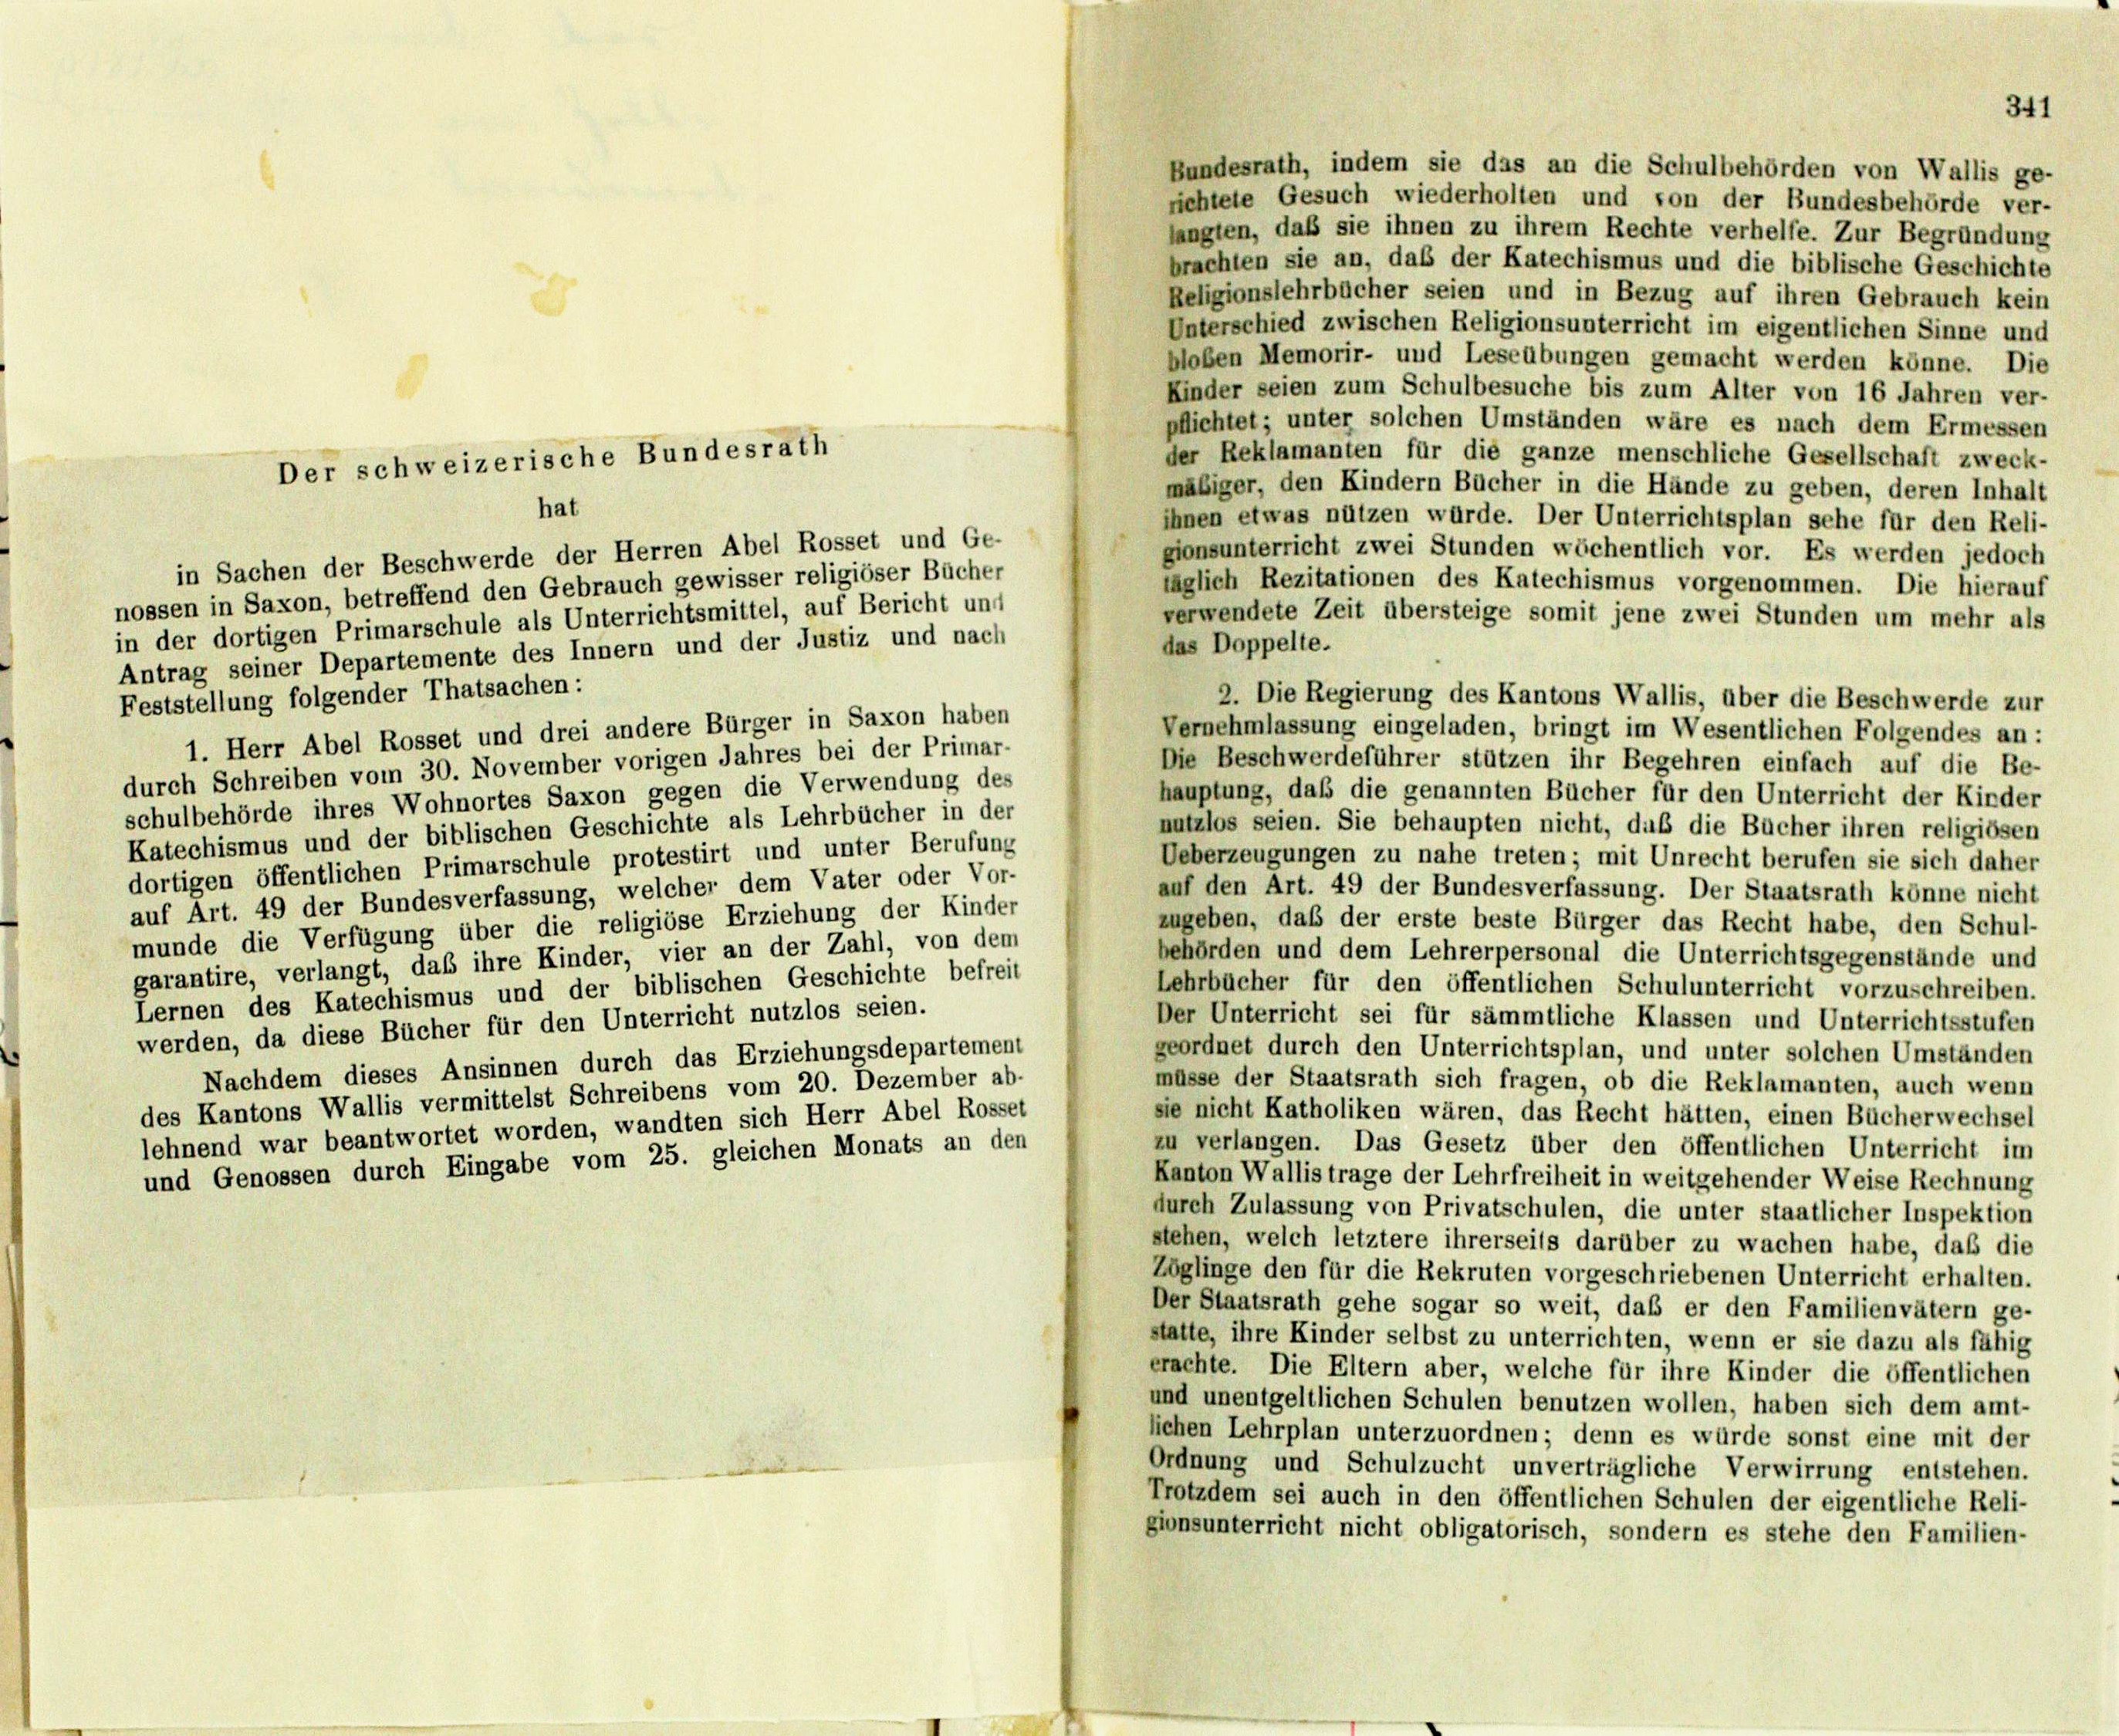
Bundesrath, indem sie das an die Schulbehörden von Wallis ge-
richtete Gesuch wiederholten und son der Bundesbehörde ver-
langten, daß sie ihnen zu ihrem Rechte verhelfe. Zur Begründung
brachten sie an, daß der Katechismus und die biblische Geschichte
Religionslehrbücher seien und in Bezug auf ihren Gebrauch kein
Unterschied zwischen Religionsunterricht im eigentlichen Sinne und
bloben Memorir- und Leseübungen gemacht werden könne. Die
Kinder seien zum Schulbesuche bis zum Alter von 16 Jahren ver-
pflichtet; unter solchen Umständen wäre es nach dem Ermessen
der Reklamanten für die ganze menschliche Gesellschaft zweck-
mäßiger, den Kindern Bücher in die Hände zu geben, deren Inhalt
ihnen etwas nützen würde. Der Unterrichtsplan sehe für den Reli-
gionsunterricht zwei Stunden wöchentlich vor. Es werden jedoch
in Sachen der Beschwerde der Herren Abel Rosset und Ge-
täglich Rezitationen des Katechismus vorgenommen. Die hierauf
nossen in Saxon, betreffend den Gebrauch gewisser religiöser Bücher
verwendete Zeit übersteige somit jene zwei Stunden um mehr als
in der dortigen Primarschule als Unterrichtsmittel, auf Bericht und
das Doppelte.
Antrag seiner Departemente des Innern und der Justiz und nach
Feststellung folgender Thatsachen:
2. Die Regierung des Kantons Wallis, über die Beschwerde zur
Vernehmlassung eingeladen, bringt im Wesentlichen Folgendes an:
1. Herr Abel Rosset und drei andere Bürger in Saxon haben
Die Beschwerdeführer stützen ihr Begehren einfach auf die Be-
durch Schreiben vom 30. November vorigen Jahres bei der Primar-
hauptung, daß die genannten Bücher für den Unterricht der Kinder
schulbehörde ihres Wohnortes Saxon gegen die Verwendung des
nutzlos seien. Sie behaupten nicht, daß die Bücher ihren religiösen
Katechismus und der biblischen Geschichte als Lehrbücher in der
Ueberzeugungen zu nahe treten; mit Unrecht berufen sie sich daher
dortigen öffentlichen Primarschule protestirt und unter Berufung
auf den Art. 49 der Bundesverfassung. Der Staatsrath könne nicht
auf Art. 49 der Bundesverfassung, welcher dem Vater oder Vor-
zugeben, daß der erste beste Bürger das Recht habe, den Schul-
munde die Verfügung über die religiöse Erziehung der Kinder
behörden und dem Lehrerpersonal die Unterrichtsgegenstände und
garantire, verlangt, daß ihre Kinder, vier an der Zahl, von dem
Lehrbücher für den öffentlichen Schulunterricht vorzuschreiben.
Lernen des Katechismus und der biblischen Geschichte befreit
Der Unterricht sei für sämmtliche Klassen und Unterrichtsstufen
werden, da diese Bücher für den Unterricht nutzlos seien.
geordnet durch den Unterrichtsplan, und unter solchen Umständen
Nachdem dieses Ansinnen durch das Erziehungsdepartement
müsse der Staatsrath sich fragen, ob die Reklamanten, auch wenn
des Kantons Wallis vermittelst Schreibens vom 20. Dezember ab-
sie nicht Katholiken wären, das Recht hätten, einen Bücherwechsel
lehnend war beantwortet worden, wandten sich Herr Abel Rosset
zu verlangen. Das Gesetz über den öffentlichen Unterricht im
und Genossen durch Eingabe vom 25. gleichen Monats an den
Kanton Wallis trage der Lehrfreiheit in weitgehender Weise Rechnung
durch Zulassung von Privatschulen, die unter staatlicher Inspektion
stehen, welch letztere ihrerseits darüber zu wachen habe, daß die
Zöglinge den für die Rekruten vorgeschriebenen Unterricht erhalten.
Der Staatsrath gehe sogar so weit, daß er den Familienvätern ge-
statte, ihre Kinder selbst zu unterrichten, wenn er sie dazu als fähig
erachte. Die Eltern aber, welche für ihre Kinder die öffentlichen
und unentgeltlichen Schulen benutzen wollen, haben sich dem amt-
lichen Lehrplan unterzuordnen; denn es würde sonst eine mit der
Ordnung und Schulzucht unverträgliche Verwirrung entstehen.
Trotzdem sei auch in den öffentlichen Schulen der eigentliche Reli-
gionsunterricht nicht obligatorisch, sondern es stehe den Familien-

Der schweizerische Bundesrath
hat

341